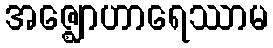
အဇ္ဈောဟာရေဿာမ